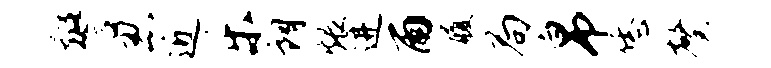
警忍近乐朗煨进雨履局帛恁馨